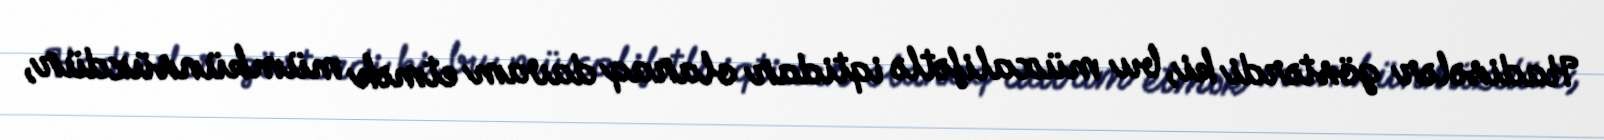
Hadisələr göstərdi ki, bu müxalifətlə iqtidar olaraq davam etmək mümkünsüzdür,